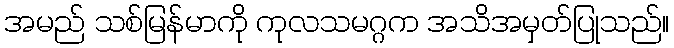
အမည် သစ်မြန်မာကို ကုလသမဂ္ဂက အသိအမှတ်ပြုသည်။